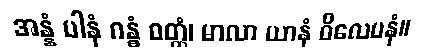
အန္နံ ပါနံ ဂန္ဓံ ဝတ္ထံ၊ မာလာ ယာနံ ဝိလေပနံ။